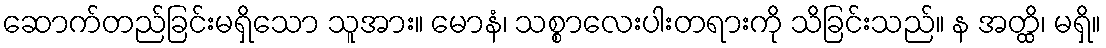
ဆောက်တည်ခြင်းမရှိသော သူအား။ မောနံ၊ သစ္စာလေးပါးတရားကို သိခြင်းသည်။ န အတ္ထိ၊ မရှိ။